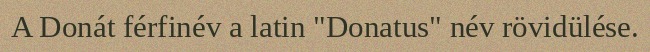
A Donát férfinév a latin "Donatus" név rövidülése.